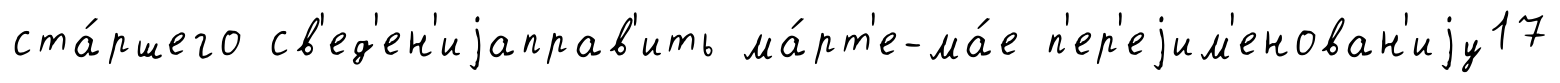
ста́ршего св'ед'ен'иjаправ'ить ма́рт'е-ма́е п'ер'еjим'енован'иjу17